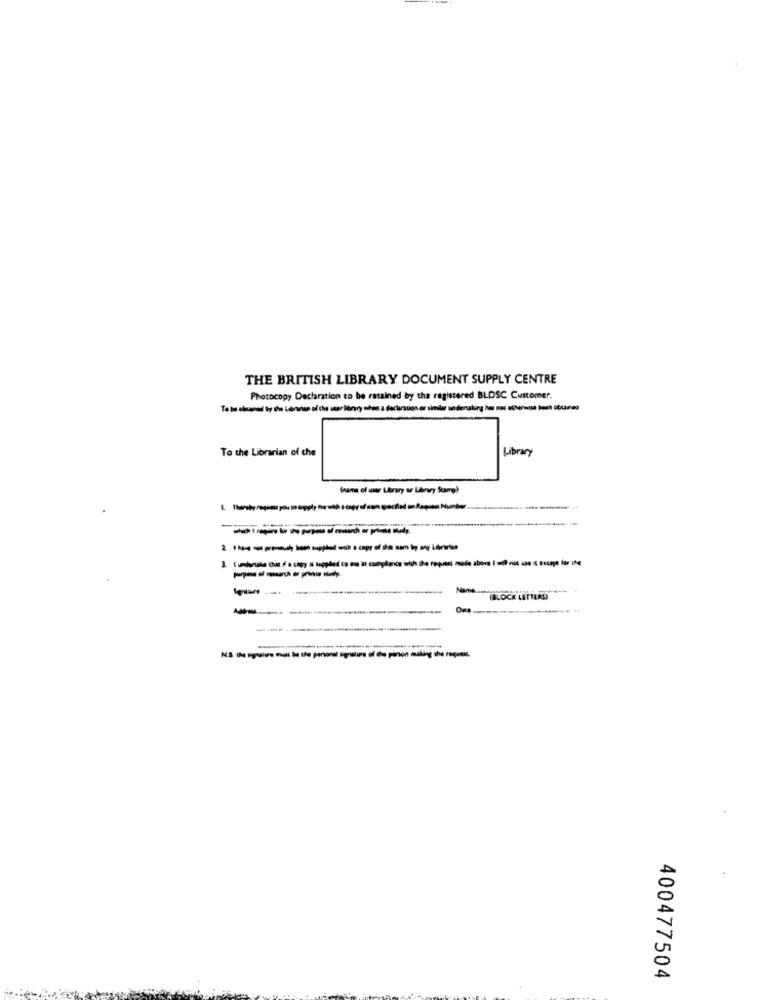
THE BRITISH LIBRARY DOCUMENT SUPPLY CENTRE
Photocopy Declaration to be retained by the registered BLDSC Customer.
To be shared by the cenarios of the str leniny when a declaration or similar underuling has not otherwise been obtained
To the Librarian of che
Library
frame of user Library se Library Scamp)
----
---
-
5
A
400477504